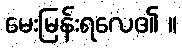
မေးမြန်းရလေ၏ ။